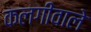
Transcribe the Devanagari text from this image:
कलगीवाले